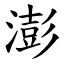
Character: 澎